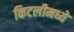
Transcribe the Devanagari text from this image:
किटलीमध्ये